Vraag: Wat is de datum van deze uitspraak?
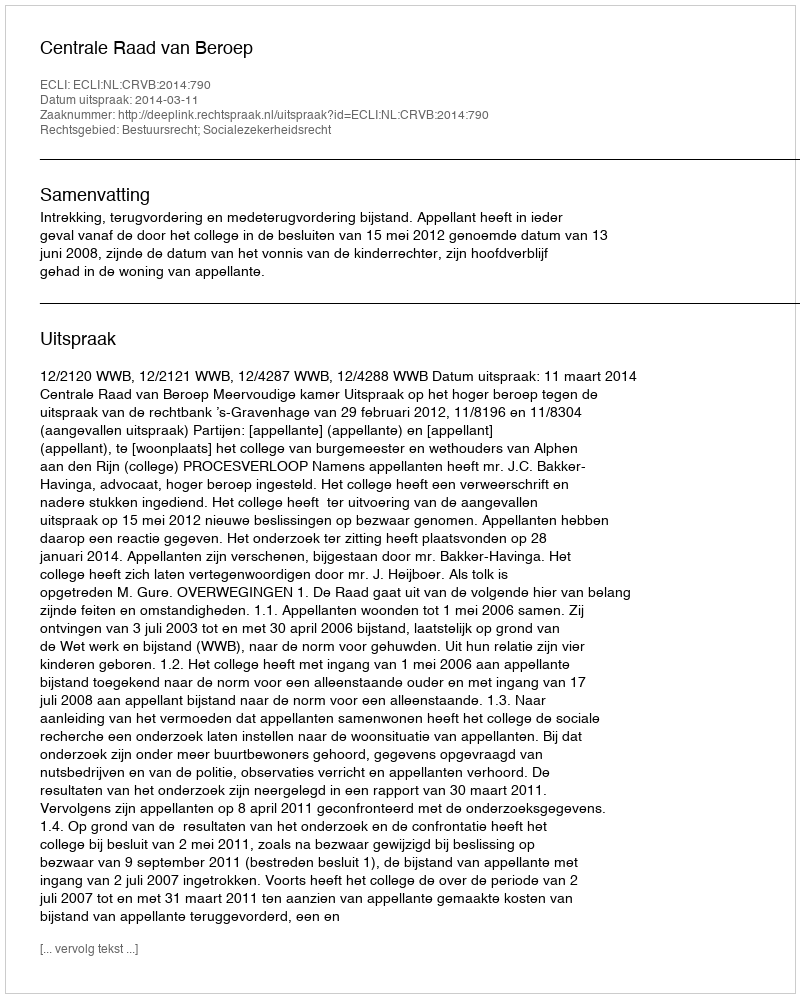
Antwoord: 2014-03-11